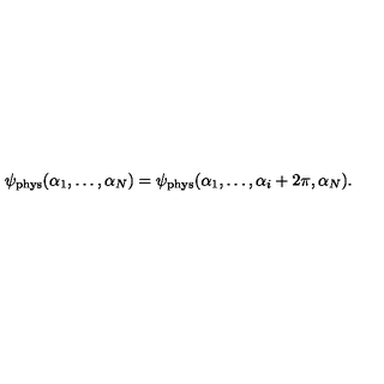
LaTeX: \psi _ { \mathrm { p h y s } } ( \alpha _ { 1 } , \ldots , \alpha _ { N } ) = \psi _ { \mathrm { p h y s } } ( \alpha _ { 1 } , \ldots , \alpha _ { i } + 2 \pi , \alpha _ { N } ) .